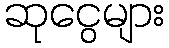
ဆုငွေများ